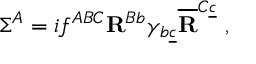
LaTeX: \Sigma ^ { A } = i f ^ { A B C } { \bf R } ^ { B b } \gamma _ { b \underline { { c } } } \overline { { { \bf R } } } ^ { C \underline { { c } } } \ ,